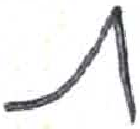
אות: ת